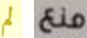
لم منع